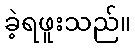
ခဲ့ရဖူးသည်။